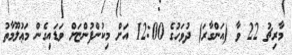
މާރިޗު 22 ވާ (އަންގާރަ) ދުވަހުގެ 12:00 އަށް މިކުންފުންޏަށް ވަޑައިގެން މަޢުލޫމާތު